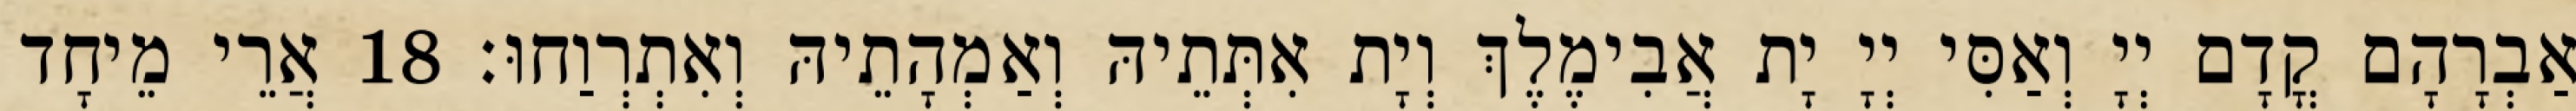
אַבְרָהָם קֳדָם יְיָ וְאַסִּי יְיָ יָת אֲבִימֶלֶךְ וְיָת אִתְּתֵיהּ וְאַמְהָתֵיהּ וְאִתְרְוַחוּ׃ 18 אֲרֵי מֵיחָד